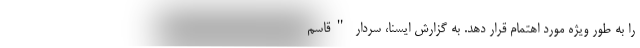
را به طور ویژه مورد اهتمام قرار دهد. به گزارش ایسنا، سردار "قاسم